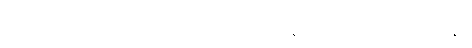
ရာဂပ္ပဘေဒါ လောကသ္မာ အကိလာသုနောတိ မူလပညတ္တိဝဏ္ဏနာ